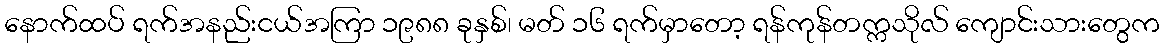
နောက်ထပ် ရက်အနည်းငယ်အကြာ ၁၉၈၈ ခုနှစ်၊ မတ် ၁၆ ရက်မှာတော့ ရန်ကုန်တက္ကသိုလ် ကျောင်းသားတွေက